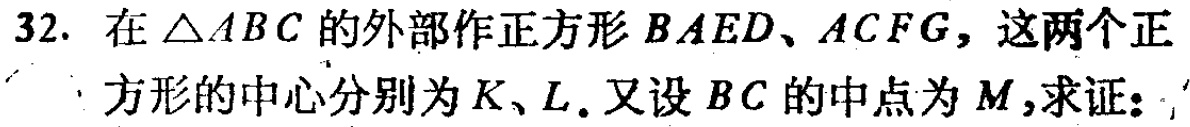
32. 在\(\triangle ABC\)的外部作正方形\(BAED\)、\(ACFG\)，这两个正方形的中心分别为\(K\)、\(L\)。又设\(BC\)的中点为\(M\)，求证：